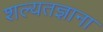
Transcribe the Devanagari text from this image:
शल्यतज्ञाना